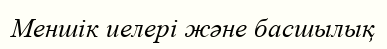
Меншік иелері және басшылық